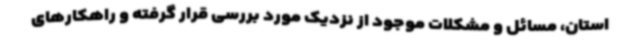
استان، مسائل و مشکلات موجود از نزدیک مورد بررسی قرار گرفته و راهکارهای